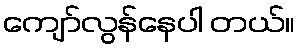
ကျော်လွန်နေပါ တယ်။